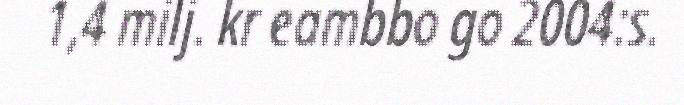
1,4 milj. kr eambbo go 2004:s.